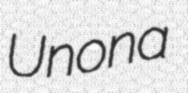
Unona